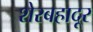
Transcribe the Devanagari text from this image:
शेरबहादूर